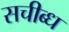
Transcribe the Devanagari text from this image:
सचीब्ध